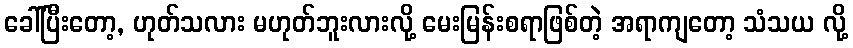
ခေါ်ပြီးတော့, ဟုတ်သလား မဟုတ်ဘူးလားလို့ မေးမြန်းစရာဖြစ်တဲ့ အရာကျတော့ သံသယ လို့